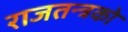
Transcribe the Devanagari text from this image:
राजतन्त्रको